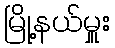
မြို့နယ်မှူး